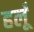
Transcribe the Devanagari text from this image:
हलूँ